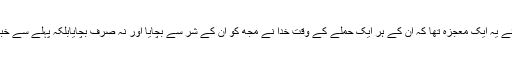
اگر بدقسمتی نہ ہوتی تو ان کے لئے یہ ایک معجزہ تھا کہ ان کے ہر ایک حملے کے وقت خدا نے مجھ کو ان کے شر سے بچایا اور نہ صرف بچایابلکہ پہلے سے خبر بھی دے دی کہ وہ بچائے گا‘‘۔